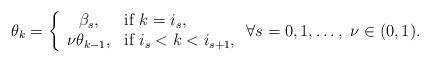
LaTeX: \begin{align*} \theta _{k}=\left \{\begin{array}{cl}\beta _{s}, & \mbox{if} \ k=i _{s}, \\\nu\theta _{k-1}, &\mbox{if} \ i _{s}<k< i _{s+1},\end{array} \right. \forall s=0,1, \ldots, \ \nu \in (0,1).\end{align*}